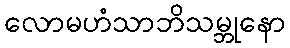
လောမဟံသာဘိသမ္ဘုနော